Preliminary report on a parasite found in persons suffering from enlargement of the spleen in India - Number 8
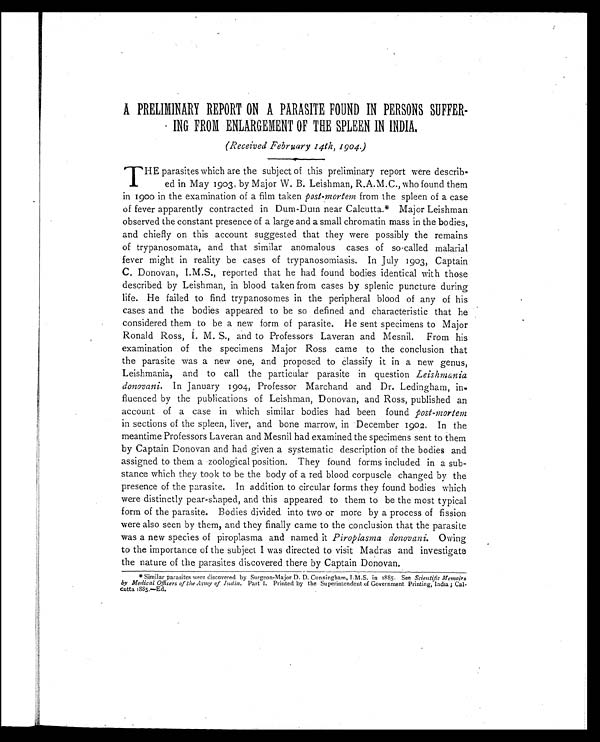
A PRELIMINARY REPORT ON A PARASITE FOUND IN PERSONS SUFFER-
ING FROM ENLARGEMENT OF THE SPLEEN IN INDIA.
(Received February 14th, 1904.)
THE
parasites which are the subject of this preliminary report were describ-
ed in May 1903, by Major W. B. Leishman, R.A.M.C., who found them
in 1900 in the examination of a film taken post-mortem from the spleen of a case
of fever apparently contracted in Dum-Dum near Calcutta.* Major Leishman
observed the constant presence of a large and a small chromatin mass in the bodies,
and chiefly on this account suggested that they were possibly the remains
of trypanosomata, and that similar anomalous cases of so-called malarial
fever might in reality be cases of trypanosomiasis. In July 1903, Captain
C. Donovan, I.M.S., reported that he had found bodies identical with those
described by Leishman, in blood taken from cases by splenic puncture during
life. He failed to find trypanosomes in the peripheral blood of any of his
cases and the bodies appeared to be so defined and characteristic that he
considered them to be a new form of parasite. He sent specimens to Major
Ronald Ross, I. M. S., and to Professors Laveran and Mesnil. From his
examination of the specimens Major Ross came to the conclusion that
the parasite was a new one, and proposed to Classify it in a new genus,
Leishmania, and to call the particular parasite in question L e i s h m a n i a
donovani. In January 1904, Professor Marchand and Dr. Ledingham,
influenced by the publications of Leishman, Donovan, and Ross, published an
account of a case in which similar bodies had been found post-mortem
in sections of the spleen, liver, and bone marrow, in December 1902. In the
meantime Professors Laveran and Mesnil had examined the specimens sent to them
by Captain Donovan and had given a systematic description of the bodies and
assigned to them a zoological position. They found forms included in a sub-
stance which they took to be the body of a red blood corpuscle changed by the
presence of the parasite. In addition to circular forms they found bodies which
were distinctly pear-shaped, and this appeared to them to be the most typical
form of the parasite. Bodies divided into two or more by a process of fission
were also seen by them, and they finally came to the conclusion that the parasite
was a new species of piroplasma and named it Piroplasma donovani. Owing
to the importance of the subject I was directed to visit Madras and investigate
the nature of the parasites discovered there by Captain Donovan.
* Similar parasites were discovered by Surgeon-Major D. D. Cunningham, I.M.S. in 1885. See Scientific Memoirs
by Medical Officers of the Army of India. Part I. Printed by the Superintendent of Government Printing, India ; Ca
l c u t t a 1 8 8 5 . — E d .